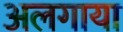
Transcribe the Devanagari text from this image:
अलगाया